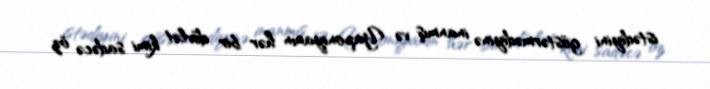
istədiyini göstərmədiyinə inanmış və Yaponiyanın hər bir dövlət kimi sadəcə öz